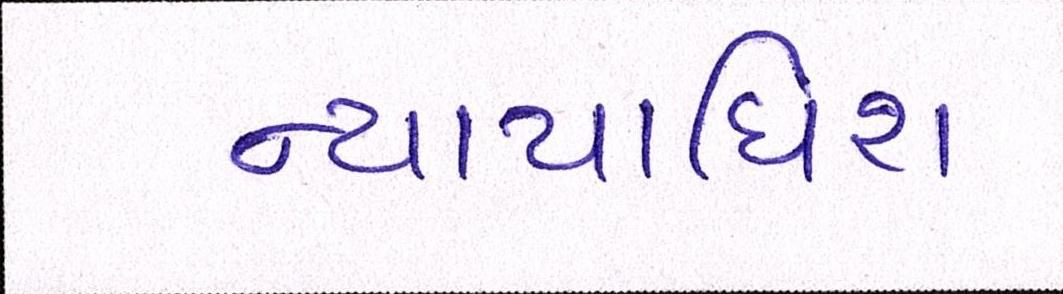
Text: ન્યાયાધિશ